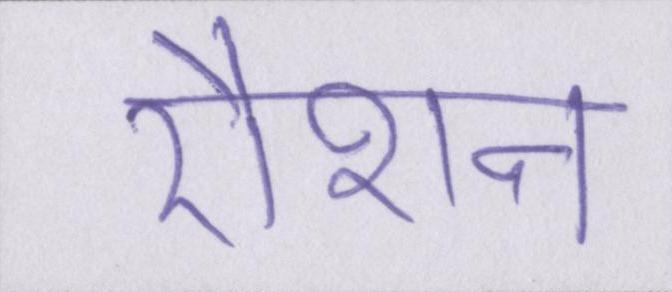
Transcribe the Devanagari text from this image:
रौशन